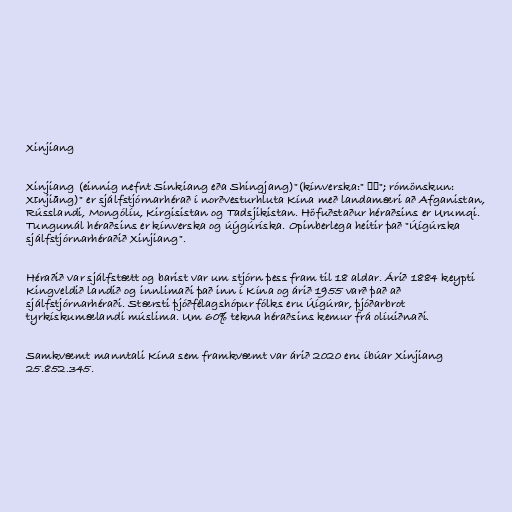
Xinjiang

Xinjiang (einnig nefnt Sinkiang eða Shingjang)"(kínverska:" 新疆"; rómönskun:
Xīnjiāng)" er sjálfstjórnarhérað í norðvesturhluta Kína með landamæri að Afganistan,
Rússlandi, Mongólíu, Kirgisistan og Tadsjikistan. Höfuðstaður héraðsins er Urumqi.
Tungumál héraðsins er kínverska og úýgúríska. Opinberlega heitir það "Úígúrska
sjálfstjórnarhéraðið Xinjiang".

Héraðið var sjálfstætt og barist var um stjórn þess fram til 18 aldar. Árið 1884 keypti
Kingveldið landið og innlimaði það inn í Kína og árið 1955 varð það að
sjálfstjórnarhéraði. Stærsti þjóðfélagshópur fólks eru Úígúrar, þjóðarbrot
tyrkískumælandi múslima. Um 60% tekna héraðsins kemur frá olíuiðnaði.

Samkvæmt manntali Kína sem framkvæmt var árið 2020 eru íbúar Xinjiang
25.852.345.